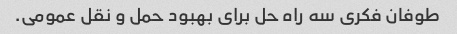
طوفان فکری سه راه حل برای بهبود حمل و نقل عمومی.